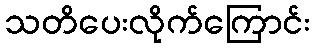
သတိပေးလိုက်ကြောင်း